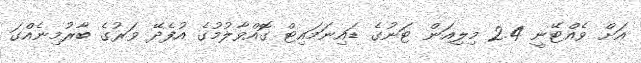
އަށް ވެއްޓޭނީ 2.4 މިލިއަން ޓަނުގެ ޑައިނަމައިޓް ގޮއްވާލުމުގެ އުފެދޭ ވަރުގެ ބާރުމިނެއްގަ